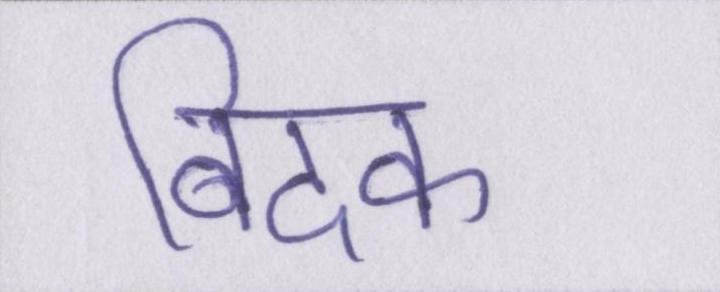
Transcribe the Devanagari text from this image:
बिदक